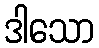
ဒါသော